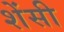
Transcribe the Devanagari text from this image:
शेंसी